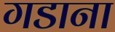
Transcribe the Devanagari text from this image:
गडाना